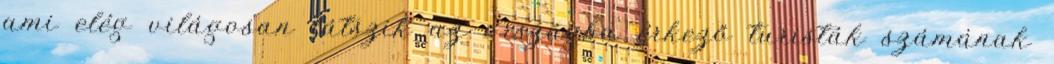
ami elég világosan látszik az országba érkező turisták számának